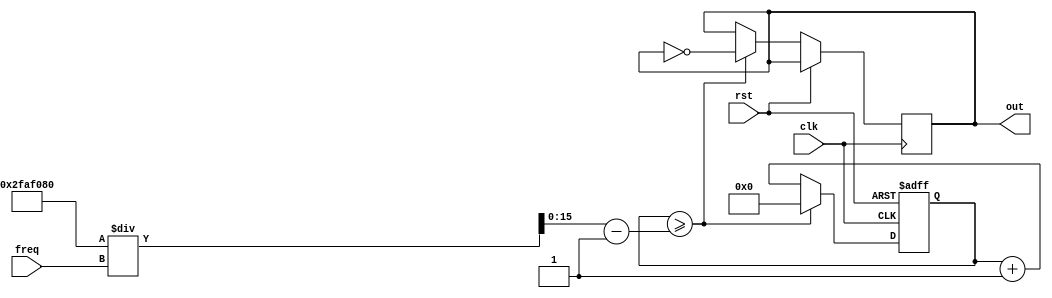
module variableFreqPulseGenerator(
    input clk, // input clock signal
    input rst, // reset signal
    input [7:0] freq, // desired frequency input
    output reg out // output pulse signal
);

reg [15:0] count; // counter for counting clock cycles
reg [15:0] compare; // compare value based on desired frequency

always @(posedge clk or posedge rst) begin
    if(rst) begin
        count <= 16'b0; // reset count to 0
    end else begin
        count <= count + 1; // increment count on each clock cycle
        if(count >= compare) begin
            count <= 16'b0; // reset count when reached compare value
            out <= ~out; // toggle output pulse signal
        end
    end
end

always @(*) begin
    compare = (50000000 / freq) - 1; // calculate compare value based on desired frequency
end

endmodule